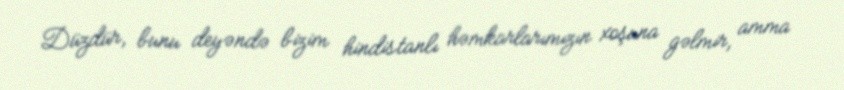
Düzdür, bunu deyəndə bizim hindistanlı həmkarlarımızın xoşuna gəlmir, amma